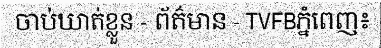
ចាប់ឃាត់ខ្លួន - ព័ត៌មាន - TVFBភ្នំពេញ៖